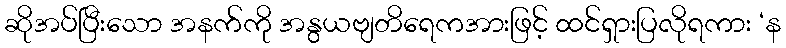
ဆိုအပ်ပြီးသော အနက်ကို အနွယဗျတိရေကအားဖြင့် ထင်ရှားပြလိုရကား ‘န